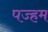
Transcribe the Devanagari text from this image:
पज्हम